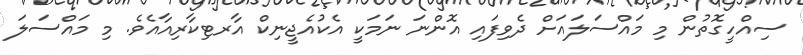
ސިއްހީގޮތުން މި މައްސަލައަށް ދެވިފައި އޮންނަ ނަމަކީ އެކުއެޖީނިކް އާރޓިކާރިއާއެވެ. މި މައްސަލަ